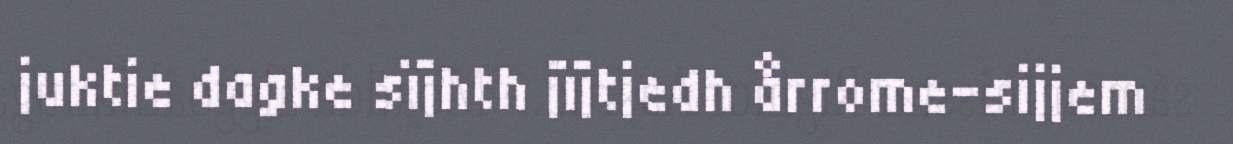
juktie dagke sïjhth jïjtjedh årrome-sijjem